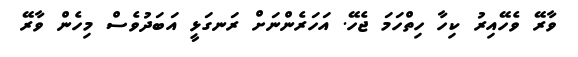
ވާރޭ ވެހޭއިރު ކިހާ ހިތްހަމަ ޖެހޭ. އަހަރެންނަށް ރަނގަޅީ އަބަދުވެސް މިހެން ވާރޭ